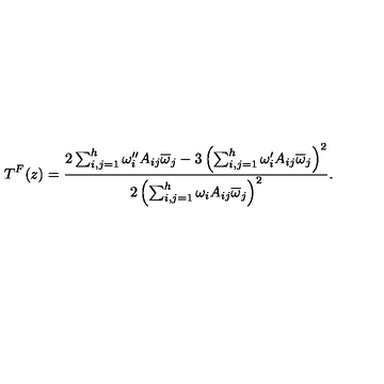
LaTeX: T ^ { F } ( z ) = { \frac { 2 \sum _ { i , j = 1 } ^ { h } \omega _ { i } ^ { \prime \prime } A _ { i j } \overline { \omega } _ { j } - 3 \left( \sum _ { i , j = 1 } ^ { h } \omega _ { i } ^ { \prime } A _ { i j } \overline { \omega } _ { j } \right) ^ { 2 } } { 2 \left( \sum _ { i , j = 1 } ^ { h } \omega _ { i } A _ { i j } \overline { \omega } _ { j } \right) ^ { 2 } } } .